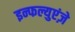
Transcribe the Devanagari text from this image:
इन्फल्युएंज़े